Lunatic asylums in Bengal annual reports 1899-1911 - 1899-1911
Year: 1899
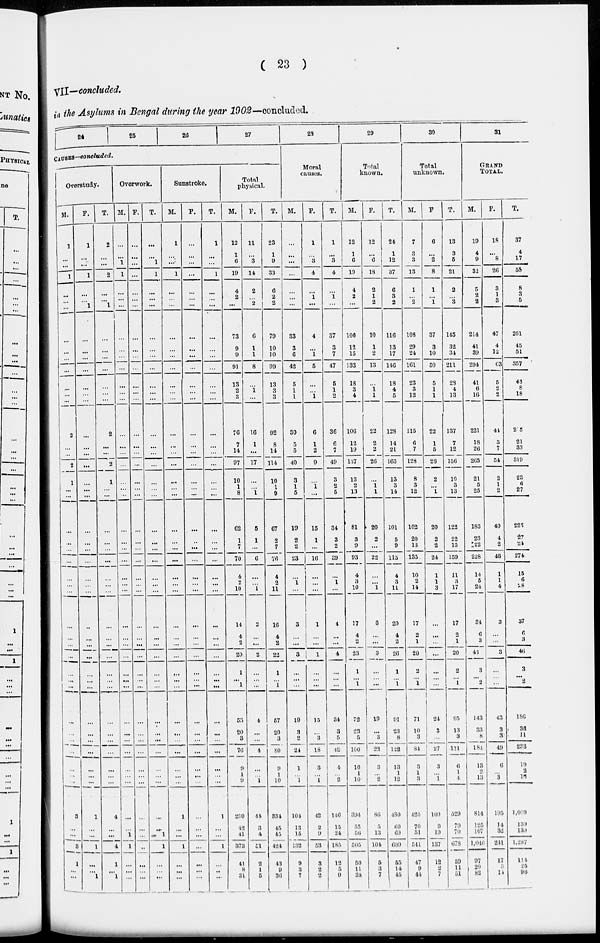
( 23 )
VII—concluded.
in the Asylums in Bengal during the year 1902—concluded.
24 25
26
27
CAUSES—concluded.
Overstudy.
M.
1
...
...
1
...
...
...
...
...
...
...
...
...
...
2
...
...
2
1
...
...
...
...
...
...
...
...
...
...
...
...
...
...
...
...
...
...
...
...
...
...
...
3
...
...
3
1
...
...
F.
1
...
...
1
...
...
1
...
...
...
...
...
...
...
...
...
...
...
...
...
...
...
...
...
...
...
...
...
...
...
...
...
...
...
...
...
...
...
...
...
...
...
1
...
...
1
...
...
1
T.
2
...
...
2
...
...
1
...
...
...
...
...
...
...
2
...
...
2
1
...
...
...
...
...
...
...
...
...
...
...
...
...
...
...
...
...
...
...
...
...
...
...
4
...
...
4
1
...
1
Overwork.
M.
...
...
1
1
...
...
...
...
...
...
...
...
...
...
...
...
...
...
...
...
...
...
...
...
...
...
...
...
...
...
...
...
...
...
...
...
...
...
...
...
...
...
...
...
1
1
...
...
...
F.
...
...
...
...
...
...
...
...
...
...
...
...
...
...
...
...
...
...
...
...
...
...
...
...
...
...
...
...
...
...
...
...
...
...
...
...
...
...
...
...
...
...
...
...
...
...
...
...
...
T.
...
...
1
1
...
...
...
...
...
...
...
...
...
...
...
...
...
...
...
...
...
...
...
...
...
...
...
...
...
...
...
...
...
...
...
...
...
...
...
...
...
...
...
...
1
1
...
...
...
Sunstroke.
M.
1
...
...
1
...
...
...
...
...
...
...
...
...
...
...
...
...
...
...
...
...
...
...
...
...
...
...
...
...
...
...
...
...
...
...
...
...
...
...
...
...
...
1
...
...
1
...
...
...
F.
...
...
...
...
...
...
...
...
...
...
...
...
...
...
...
...
...
...
...
...
...
...
...
...
...
...
...
...
...
...
...
...
...
...
...
...
...
...
...
...
...
...
...
...
...
...
...
...
...
T.
1
...
...
1
...
...
...
...
...
...
...
...
...
...
...
...
...
...
...
...
...
...
...
...
...
...
...
...
...
...
...
...
...
...
...
...
...
...
...
...
...
...
1
...
...
1
...
...
...
Total
physical.
M.
12
1
6
19
4
2
...
73
9
9
91
13
2
3
76
7
14
97
10
1
8
62
1
7
70
4
2
10
14
4
2
20
1
... 1
53
20
3
76
9
1
9
290
42
41
373
41
8
31
F.
11
...
3
14
2
...
2
6
1
1
8
...
1
...
16
1
...
17
...
...
1
5
1
...
6
...
...
1
2
...
...
2
...
...
...
4
...
...
4
...
...
1
44
3
4
51
2
1
5
T.
23
1
9
33
6
2
2
79
10
10
99
13
3
3
92
8
14
114
10
1
9
67
2
7
76
4
2
11
16
4
2
22
1
... 1
57
20
3
80
9
1
10
334
45
45
424
43
9
36
28
Moral
causes.
M.
...
...
...
...
...
...
...
33
3
6
42
5
1
1
30
5
5
40
3
1
5
19
2
2
23
...
1
...
3
...
...
3
...
...
...
19
3
2
24
1
...
1
104
13
15
132
9
3
7
F.
1
...
3
4
...
1
...
4
...
1
5
...
...
1
6
1
2
9
...
1
...
15
1
...
16
...
...
...
1
...
...
1
...
...
...
15
...
3
18
3
...
1
42
2
9
53
3
2
2
T.
1
...
3
4
...
1
...
37
3
7
47
5
1
2
36
6
7
49
3
2
5
34
3
2
39
...
1
...
4
...
...
4
...
...
...
34
3
5
12
4
...
2
146
15
24
185
12
5
9
29
Total
known.
M.
12
1
6
19
4
2
...
106
12
15
133
18
3
4
106
12
19
137
13
2
13
81
3
9
93
4
3
10
17
4
...
23
1
... 1
72
23
5
100
10
1
10
394
55
56
505
50
11
38
F.
12
...
6
18
2
1
2
10
1
2
13
...
1
1
22
2
2
26
...
1
1
20
2
...
22
...
...
1
3
...
...
3
...
...
...
19
...
3
22
3
...
2
86
5
13
104
5
3
7
T.
24
1
12
37
6
3
2
116
13
17
146
18
4
5
128
14
21
163
13
3
14
101
5
9
115
4
3
11
20
4
2
26
1
...
1
91
23
8
122
13
1
12
480
60
69
609
55
14
45
30
Total
unknown.
M.
7
3
3
13
1
...
2
108
29
24
161
23
3
12
115
6
7
128
8
3
12
102
20
13
135
10
2
14
17
2
1
20
2
... 1
71
10
3
84
3
1
3
120
70
51
511
47
9
44
F.
6
...
2
8
1
...
1
37
3
10
50
5
1
1
22
1
5
28
2
...
1
20
2
2
24
1
1
3
...
...
...
...
...
...
...
24
3
...
27
3
...
1
109
0
19
137
12
2
7
T.
13
3
5
21
2
...
3
145
32
34
211
28
4
13
137
7
12
15G
10
3
13
122
22
15
159
11
3
17
17
2
1
20
2
... 1
95
13
3
111
6
1
4
229
79
70
678
59
11
51
31
GRAND
TOTAL.
M.
19
4
9
32
5
2
2
214
41
39
294
41
6
16
221
18
26
265
21
5
25
183
23
22
228
14
5
24
34
6
3
43
3
... 2
143
33
8
181
13
2
13
814
125
107
1,046
97
20
82
F.
18
...
8
26
3
1
3
47
4
12
63
5
2
2
41
3
7
54
2
1
2
40
4
2
46
1
1
4
3
...
...
3
...
...
...
43
3
3
49
6
...
3
195
14
32
241
17
5
14
T.
37
4
17
58
8
3
5
201
45
51
357
43
8
18
265
21
33
319
23
6
27
223
27
24
274
15
6
28
37
6
3
46
3
...
...
186
36
11
233
19
2
16
1,009
139
139
1,287
114
25
96